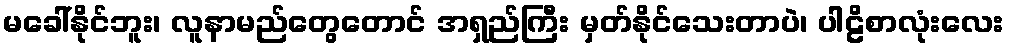
မခေါ်နိုင်ဘူး၊ လူနာမည်တွေတောင် အရှည်ကြီး မှတ်နိုင်သေးတာပဲ၊ ပါဠိစာလုံးလေး